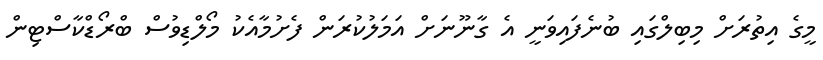
މީގެ އިތުރަށް މިބިލްގައި ބުނެފައިވަނީ އެ ގާނޫނަށް އަމަލުކުރަން ފެށުމާއެކު މޯލްޑިވުސް ބްރޯޑްކާސްޓިން